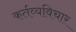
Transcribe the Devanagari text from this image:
कर्तव्यविचार